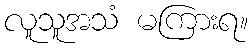
လူသူအသံ မကြားရ။